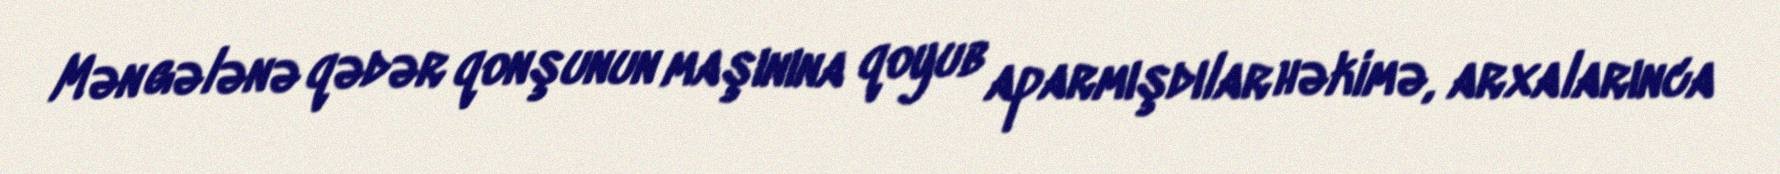
Mən gələnə qədər qonşunun maşınına qoyub aparmışdılar həkimə, arxalarınca